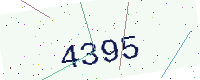
Text: 4395